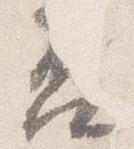
否